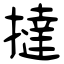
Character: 撻